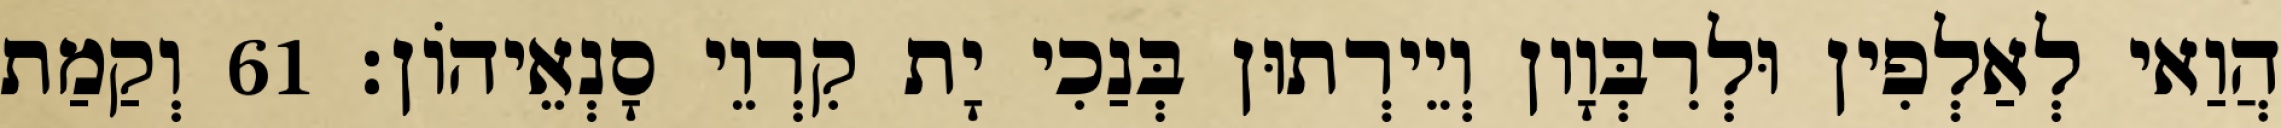
הֲוַאי לְאַלְפִין וּלְרִבְּוָון וְיֵירְתוּן בְּנַכִי יָת קִרְוֵי סָנְאֵיהוֹן׃ 61 וְקַמַת